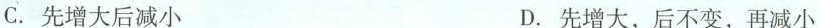
C.先增大后减小 D.先增大，后不变，再减小